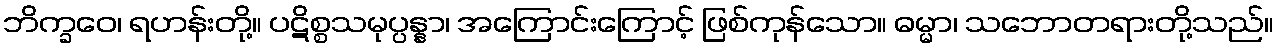
ဘိက္ခဝေ၊ ရဟန်းတို့။ ပဋိစ္စသမုပ္ပန္နာ၊ အကြောင်းကြောင့် ဖြစ်ကုန်သော။ ဓမ္မာ၊ သဘောတရားတို့သည်။